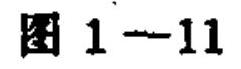
图 1—11